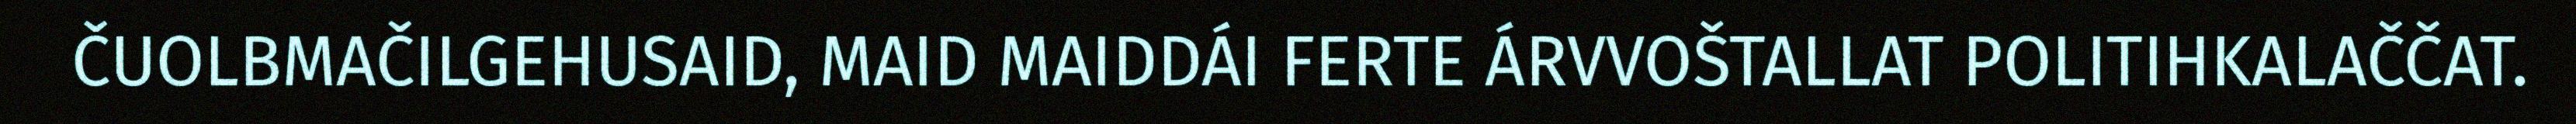
ČUOLBMAČILGEHUSAID, MAID MAIDDÁI FERTE ÁRVVOŠTALLAT POLITIHKALAČČAT.